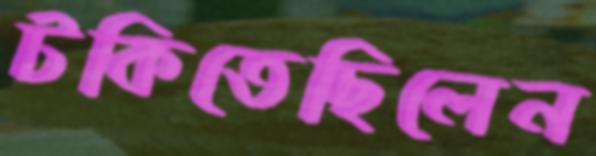
টকিতেছিলেন